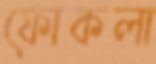
ফোকলা